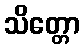
သိတ္တော